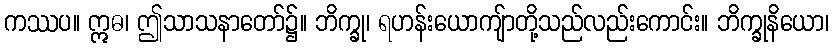
ကဿပ။ ဣဓ၊ ဤသာသနာတော်၌။ ဘိက္ခု၊ ရဟန်းယောကျ်ာတို့သည်လည်းကောင်း။ ဘိက္ခုနိယော၊